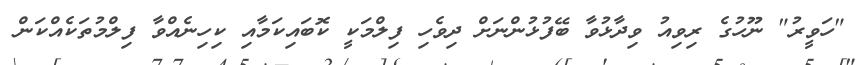
"ހަވީރު" ނޫހުގެ ރިވިއު ވިދާޅުވާ ބޭފުޅުންނަށް ދިވެހި ފިލްމަކީ ކޮބައިކަމާއި ކިހިނެއްވާ ފިލްމުތަކެއްކަން